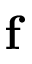
\mathbf { f }